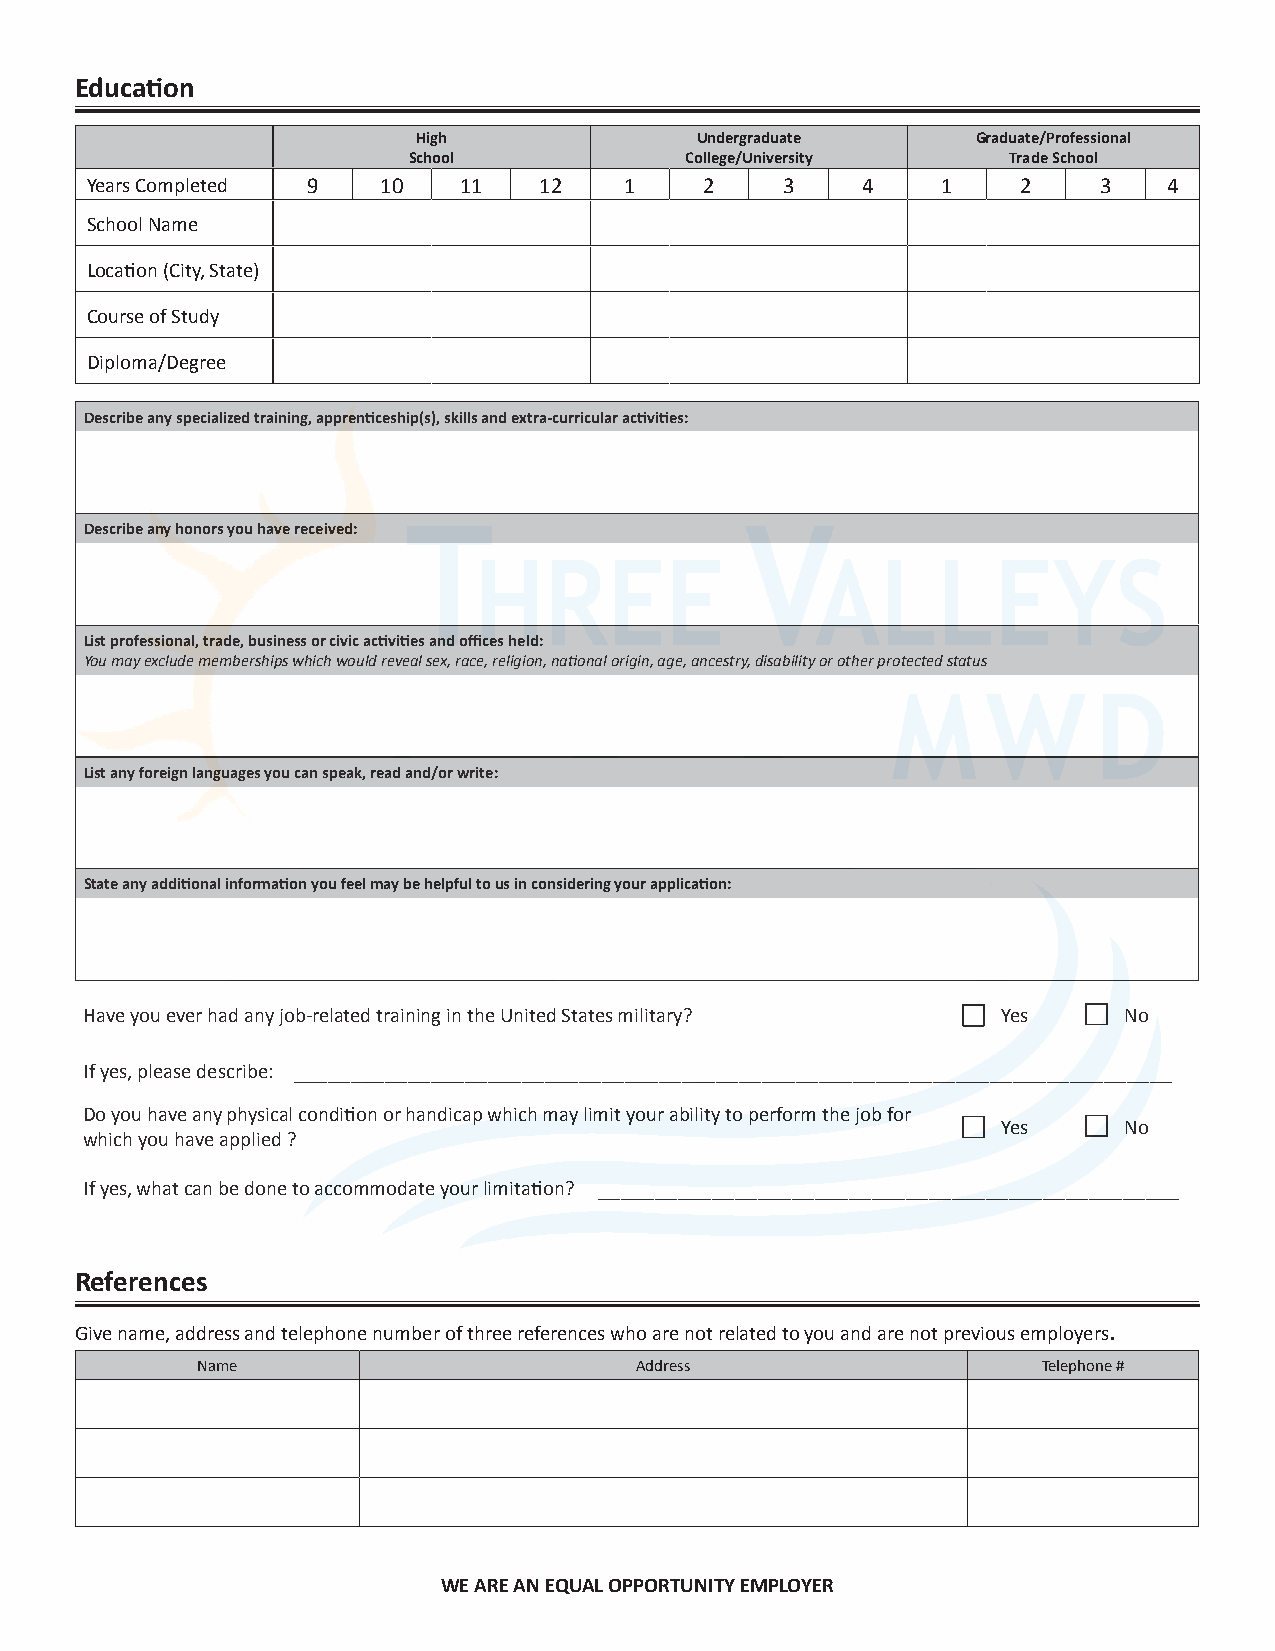
Education
 High              Undergraduate      Graduate/Professional
 School            College/University    Trade School
 Years Completed 9  10   11    12   1     2    3    4    1     2    3   4
 School Name
 Location (City, State)
 Course of Study
 Diploma/Degree
 Describe any specialized training, apprenticeship(s), skills and extra-curricular activities:
 Describe any honors you have received:
 List professional, trade, business or civic activities and offices held:
 You may exclude memberships which would reveal sex, race, religion, national origin, age, ancestry, disability or other protected status
 List any foreign languages you can speak, read and/or write:
 State any additional information you feel may be helpful to us in considering your application:
 Have you ever had any job-related training in the United States military? Yes No
 If yes, please describe: _____________________________________________________________________________
 Do you have any physical condition or handicap which may limit your ability to perform the job for
 Yes     No
 which you have applied ?
 If yes, what can be done to accommodate your limitation? ___________________________________________________
 References
 .
 Give name, address and telephone number of three references who are not related to you and are not previous employers
 Name                         Address                    Telephone #
 WE ARE AN EQUAL OPPORTUNITY EMPLOYER